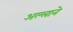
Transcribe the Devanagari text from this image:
अल्लाने